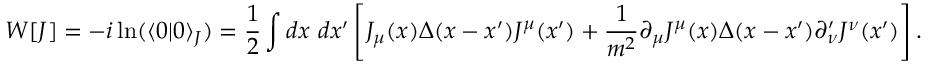
W [ J ] = - i \ln ( \langle 0 | 0 \rangle _ { J } ) = { \frac { 1 } { 2 } } \int d x ~ d x ^ { \prime } \left[ J _ { \mu } ( x ) \Delta ( x - x ^ { \prime } ) J ^ { \mu } ( x ^ { \prime } ) + { \frac { 1 } { m ^ { 2 } } } \partial _ { \mu } J ^ { \mu } ( x ) \Delta ( x - x ^ { \prime } ) \partial _ { \nu } ^ { \prime } J ^ { \nu } ( x ^ { \prime } ) \right] .